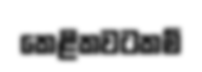
කෙළිකවටකම්